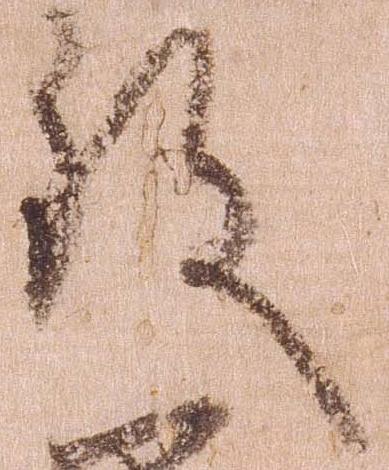
致